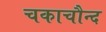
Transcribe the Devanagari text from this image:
चकाचौन्द